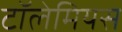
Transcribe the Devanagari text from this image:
टॉलेमियस